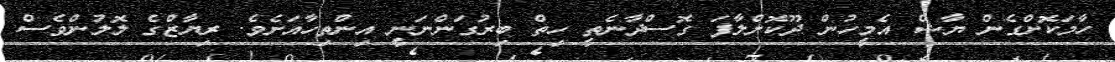
ހާމަކޮށްގެން ޔާޝް އެމީހުން ދޫކޮށްލާފަ ގޮސްދާނެތީ ހިތް ބިރުގަންނަނީ އިންތިހާއަށެވެ. ރިޔާޒްގެ ލޮލުންވެސް